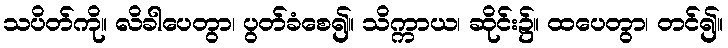
သပိတ်ကို။ လိခါပေတွာ၊ ပွတ်ခံစေ၍။ သိက္ကာယ၊ ဆိုင်း၌။ ထပေတွာ၊ တင်၍။